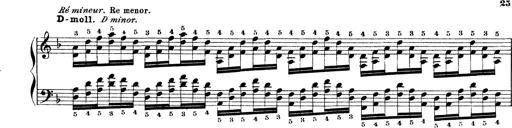
Title: Technische Studien
Composer: Franz Liszt